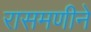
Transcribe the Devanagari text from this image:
रासमणीने